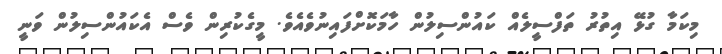
މިކަމާ ގުޅޭ އިތުރު ތަފްސީލެއް ކައުންސިލުން ހާމަކޮށްފައިނުވެއެވެ. މީގެކުރިން ވެސް އެކައުންސިލުން ވަނީ